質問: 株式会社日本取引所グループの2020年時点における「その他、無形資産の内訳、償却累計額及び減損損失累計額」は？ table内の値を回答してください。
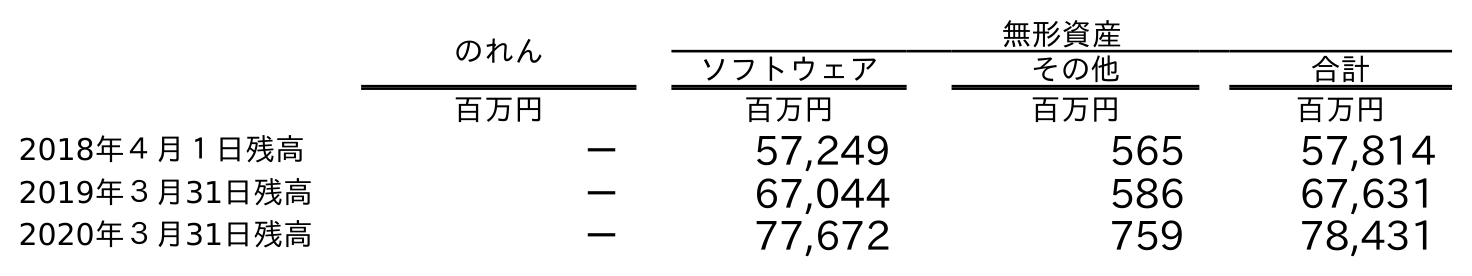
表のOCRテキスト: のれん 無形資産 ソフトウェア その他 合計 百万円 百万円 百万円 百万円 2018年４月１日残高 － 57,249 565 57,814 2019年３月31日残高 － 67,044 586 67,631 2020年３月31日残高 － 77,672 759 78,431
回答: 759